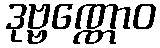
ဒုဗ္ဗဏ္ဏောဝ